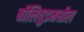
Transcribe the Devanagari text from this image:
बॉलिवुडमधील